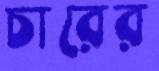
চারের